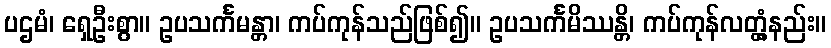
ပဌမံ၊ ရှေဦးစွာ။ ဥပသင်္ကမန္တာ၊ ကပ်ကုန်သည်ဖြစ်၍။ ဥပသင်္ကမိဿန္တိ၊ ကပ်ကုန်လတ္တံ့နည်း။